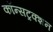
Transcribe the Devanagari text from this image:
कॉन्सट्रक्शन